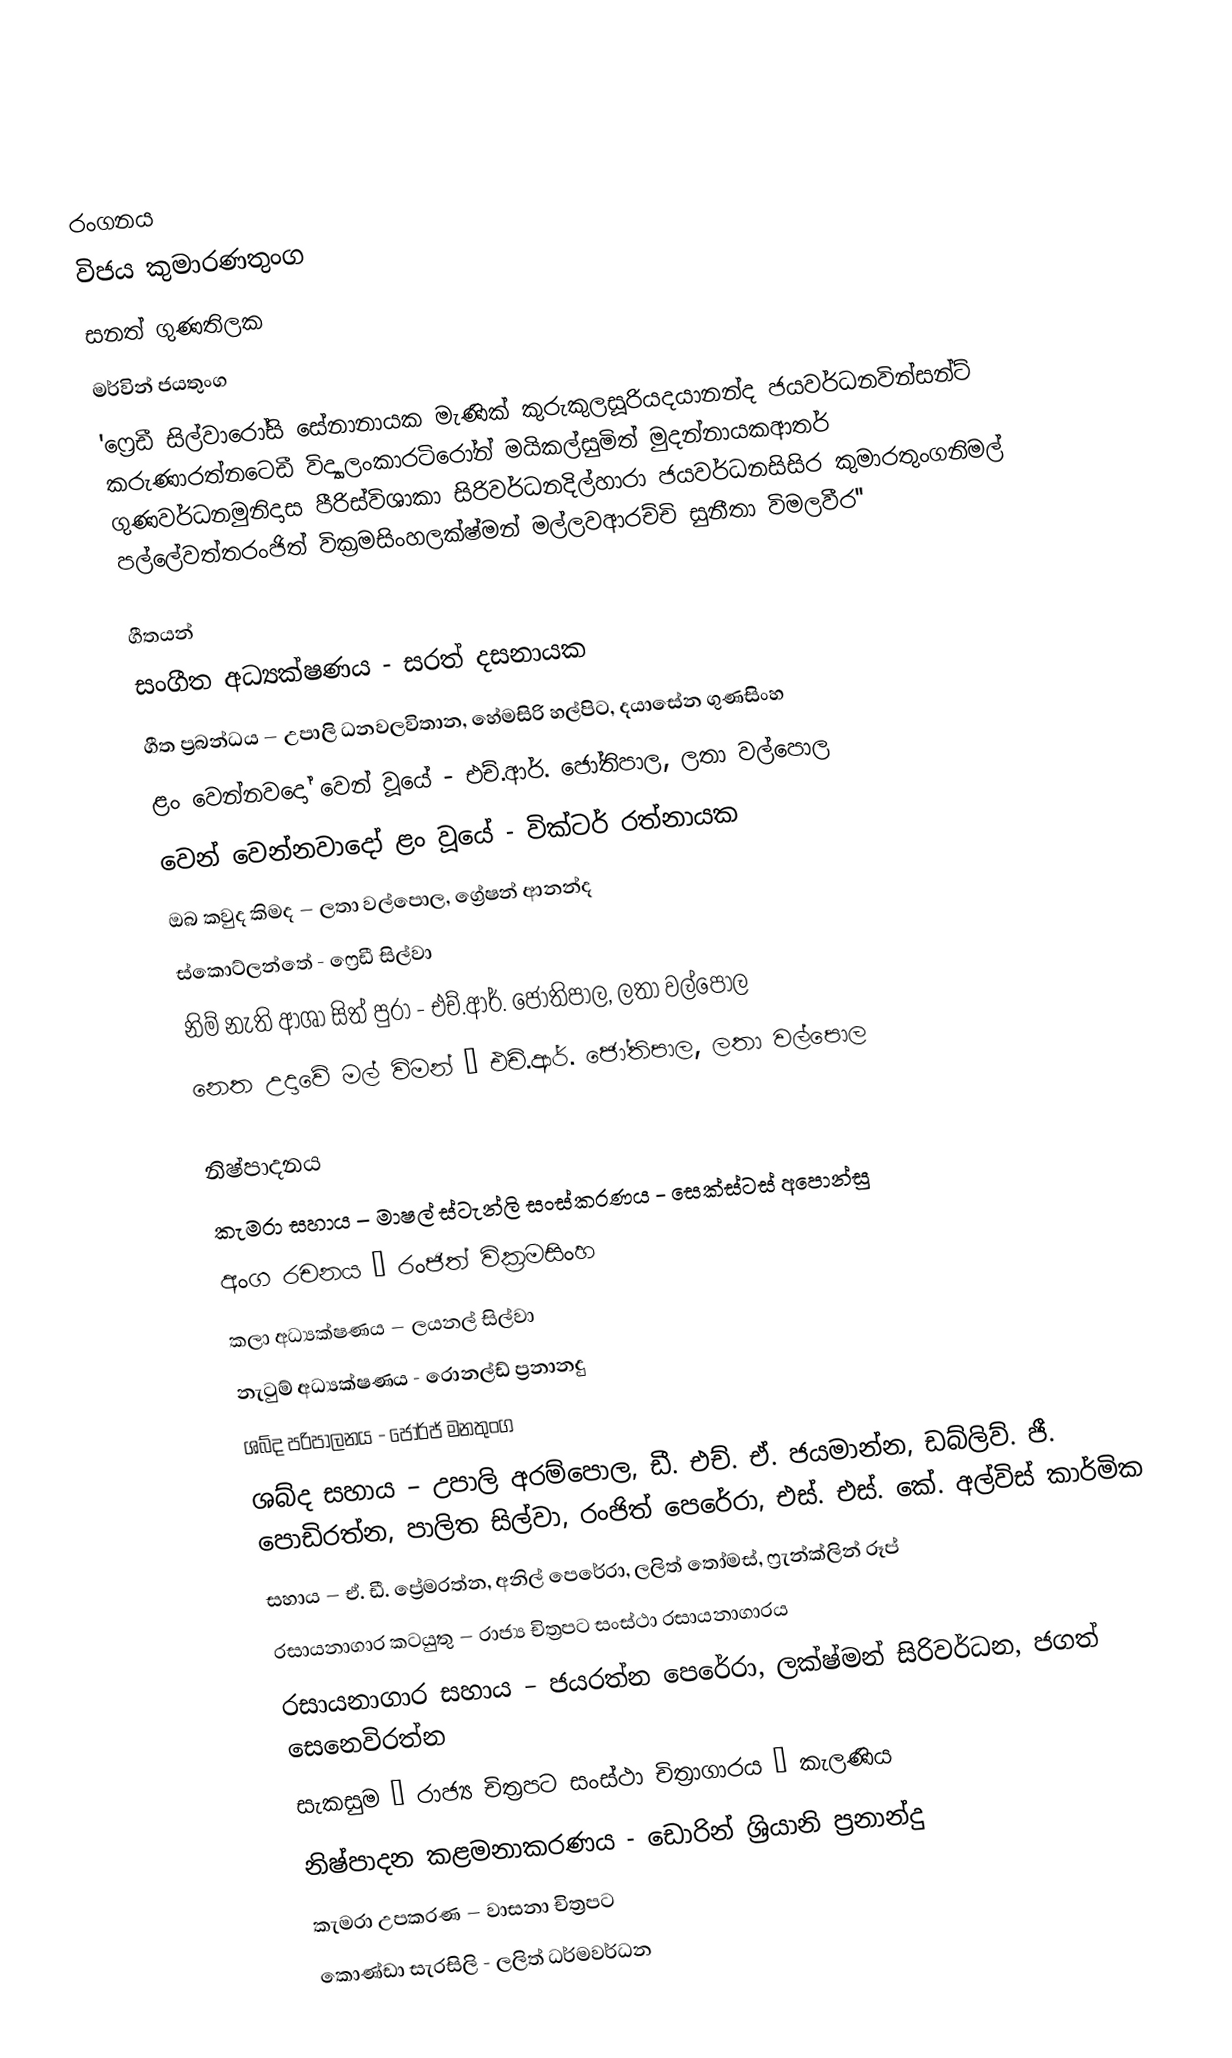

රංගනය
විජය කුමාරණතුංග
සනත් ගුණතිලක
මර්වින් ජයතුංග
'ෆ්‍රෙඩී සිල්වාරෝසි සේනානායක මැණික් කුරුකුලසූරියදයානන්ද ජයවර්ධනවින්සන්ට් කරුණාරත්නටෙඩී විද්‍යාලංකාරටිරෝන් මයිකල්සුමිත් මුදන්නායකආතර් ගුණවර්ධනමුනිදාස පීරිස්විශාකා සිරිවර්ධනදිල්හාරා ජයවර්ධනසිසිර කුමාරතුංගනිමල් පල්ලේවත්තරංජිත් වික්‍රමසිංහලක්ෂ්මන් මල්ලවආරච්චි සුනීතා විමලවීර''

ගීතයන්
සංගීත අධ්‍යක්ෂණය - සරත් දසනායක
ගීත ප්‍රබන්ධය – උපාලි ධනවලවිතාන, හේමසිරි හල්පිට, දයාසේන ගුණසිංහ
ළං වෙන්නවදෝ වෙන් වූයේ - එච්.ආර්. ජෝතිපාල, ලතා වල්පොල
වෙන් වෙන්නවාදෝ ළං වූයේ - වික්ටර් රත්නායක
ඔබ කවුද කිමද – ලතා වල්පොල, ග්‍රේෂන් ආනන්ද
ස්කොට්ලන්තේ - ෆ්‍රෙඩී සිල්වා
නිම් නැති ආශා සිත් පුරා - එච්.ආර්. ජෝතිපාල, ලතා වල්පොල
නෙත උදාවේ මල් විමන් – එච්.ආර්. ජෝතිපාල, ලතා වල්පොල

නිෂ්පාදනය
කැමරා සහාය – මාෂල් ස්ටැන්ලි සංස්කරණය - සෙක්ස්ටස් අපොන්සු
අංග රචනය – රංජිත් වික්‍රමසිංහ
කලා අධ්‍යක්ෂණය – ලයනල් සිල්වා
නැටුම් අධ්‍යක්ෂණය - රොනල්ඩ් ප්‍රනානදු
ශබ්ද පරිපාලනය - ජෝර්ජ් මනතුංග
ශබ්ද සහාය – උපාලි අරම්පොල, ඩී. එච්. ඒ. ජයමාන්න, ඩබ්ලිව්. ජී. පොඩිරත්න, පාලිත සිල්වා, රංජිත් පෙරේරා, එස්. එස්. කේ. අල්විස් කාර්මික
සහාය – ඒ. ඩී. ප්‍රේමරත්න, අනිල් පෙරේරා, ලලිත් තෝමස්, ෆ්‍රැන්ක්ලින් රූප්
රසායනාගාර කටයුතු – රාජ්‍ය චිත්‍රපට සංස්ථා රසායනාගාරය
රසායනාගාර සහාය – ජයරත්න පෙරේරා, ලක්ෂ්මන් සිරිවර්ධන, ජගත් සෙනෙවිරත්න
සැකසුම – රාජ්‍ය චිත්‍රපට සංස්ථා චිත්‍රාගාරය – කැලණිය
නිෂ්පාදන කළමනාකරණය - ඩොරින් ශ්‍රියානි ප්‍රනාන්දු
කැමරා උපකරණ – වාසනා චිත්‍රපට
කොණ්ඩා සැරසිලි - ලලිත් ධර්මවර්ධන